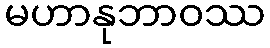
မဟာနုဘာဝဿ